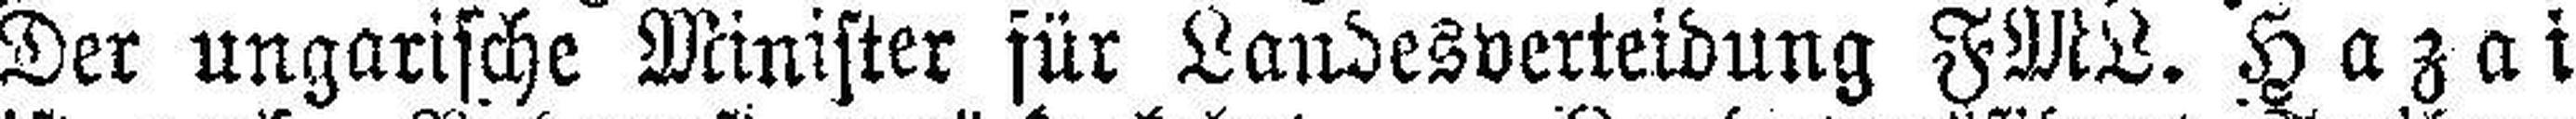
Der ungarische Minister für Landesverteidung FML. Hazai